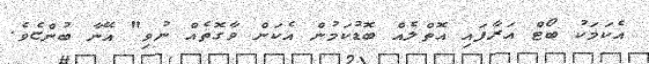
އެކަމަކު ބޯޓް އަރާފައި އޮތްލެއް ބޮޑުކަމުން އެކަން ވާގޮތެއް ނުވި" އޭނާ ބުންޏެވެ.